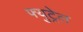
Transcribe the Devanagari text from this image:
फ्युट्रेल